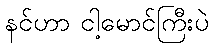
နင်ဟာ ငါ့မောင်ကြီးပဲ